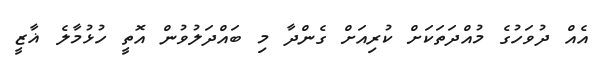
އެއް ދުވަހުގެ މުއްދަތަކަށް ކުރިއަށް ގެންދާ މި ބައްދަލުވުން އޮތީ ހުޅުމާލެ ޣާޒީ